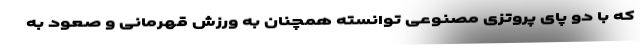
که با دو پای پروتزی مصنوعی توانسته همچنان به ورزش قهرمانی و صعود به